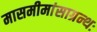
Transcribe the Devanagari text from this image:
मासमीमांसाग्रन्थः